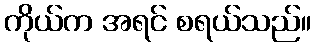
ကိုယ်က အရင် စရယ်သည်။